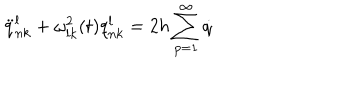
\ddot { q } _ { n k } ^ { l } + \omega _ { l k } ^ { 2 } ( t ) q _ { n k } ^ { l } = 2 h \sum _ { p = 1 } ^ { \infty } \dot { q }